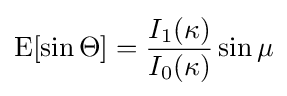
\operatorname {E} [\sin \Theta ]={\frac {I_{1}(\kappa )}{I_{0}(\kappa )}}\sin \mu